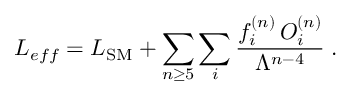
{ \cal L } _ { e f f } = { \cal L } _ { \mathrm { S M } } + \sum _ { n \geq 5 } \sum _ { i } \frac { f _ { i } ^ { ( n ) } \, { \cal O } _ { i } ^ { ( n ) } } { \Lambda ^ { n - 4 } } \; .